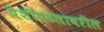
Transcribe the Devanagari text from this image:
पेशीपटलावरील